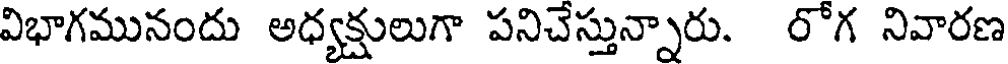
విభాగమునందు అధ్యక్షులుగా పనిచేస్తున్నారు. రోగ నివారణ